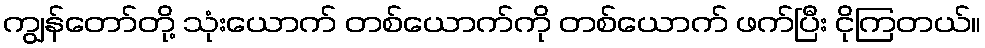
ကျွန်တော်တို့ သုံးယောက် တစ်ယောက်ကို တစ်ယောက် ဖက်ပြီး ငိုကြတယ်။